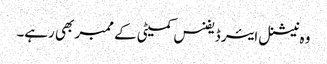
وہ نیشنل ایئر ڈیفنس کمیٹی کے ممبر بھی رہے۔